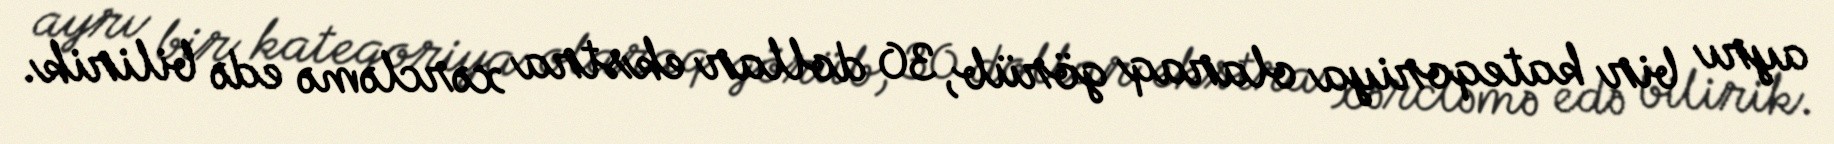
ayrı bir kateqoriya olaraq görüb, 30 dollar ekstra xərcləmə edə bilirik.